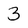
Character: 3